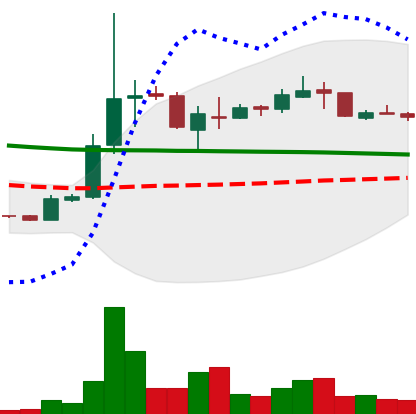
Ticker: XRP-USD
Chart end date: 2018-10-05
Forward return: -10.913%
Label: down_7plus